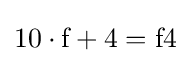
10\cdot {\text{f}}+4={\text{f4}}